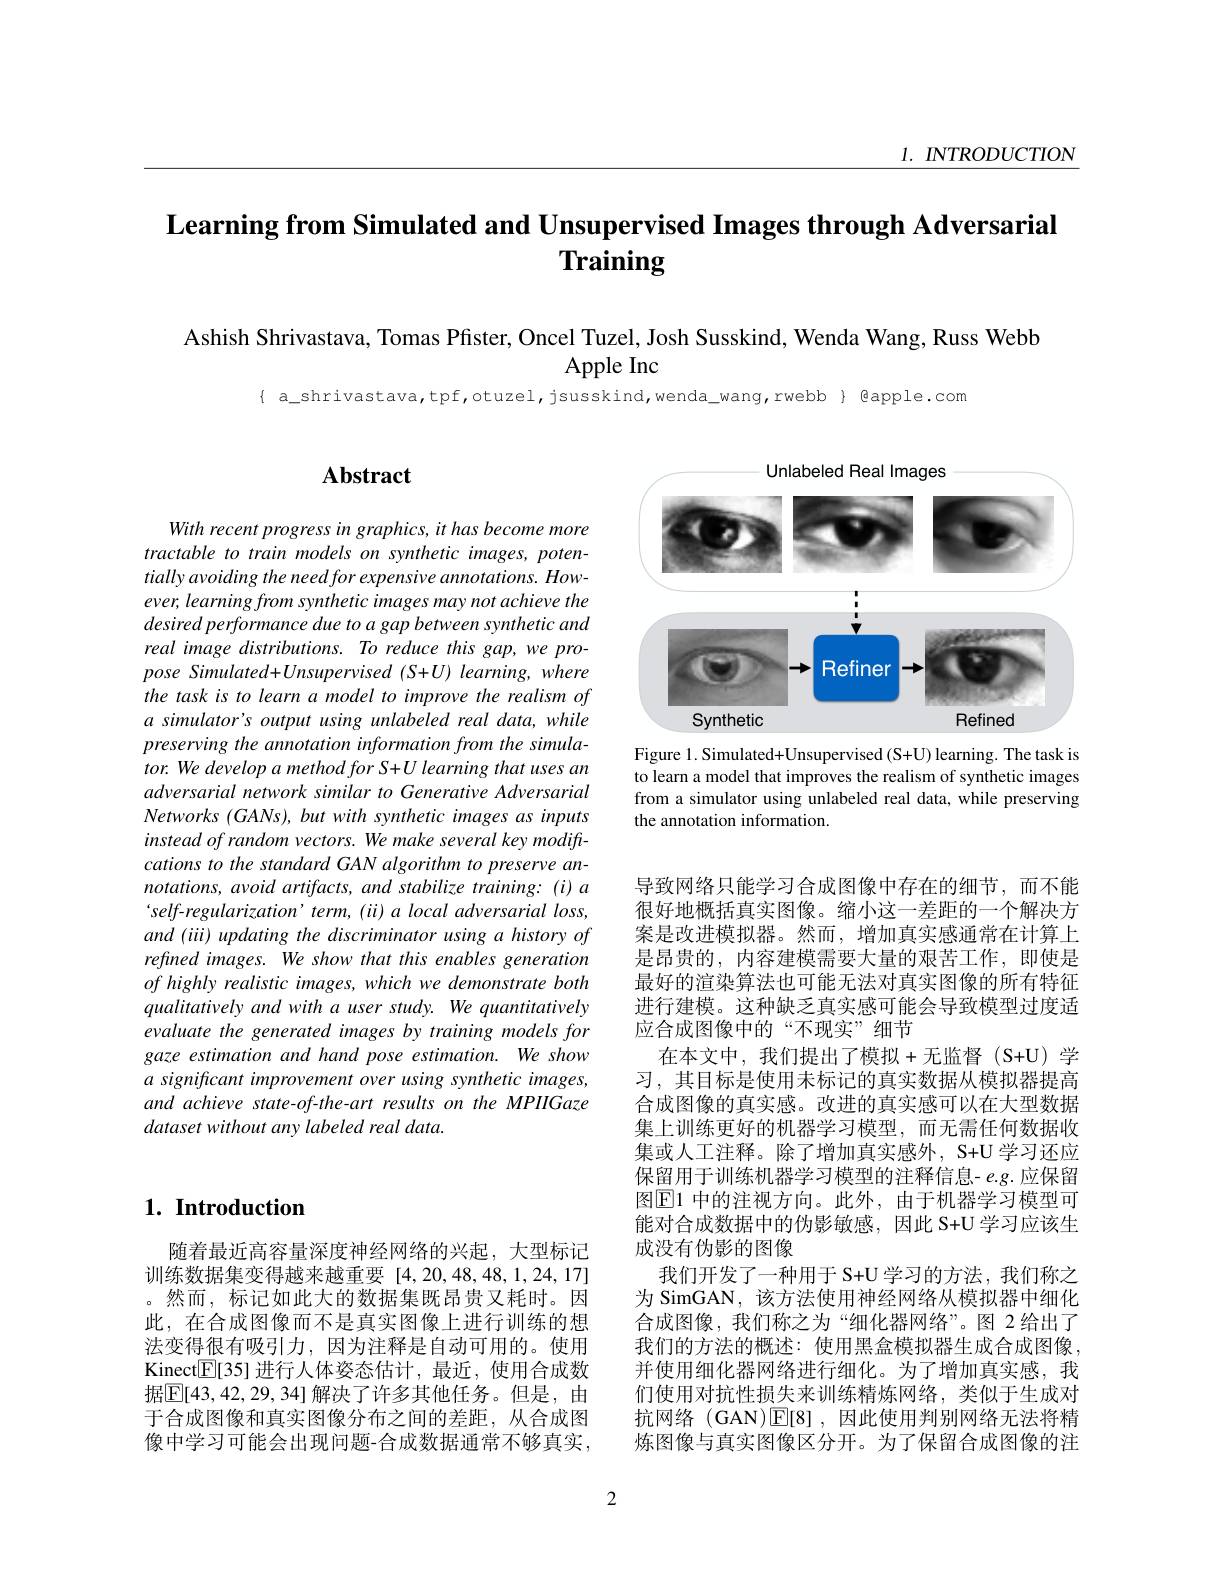
1. $INTRODUCTION$

# Learning from Simulated and Unsupervised Images through Adversarial Training

Ashish Shrivastava, Tomas Pfister, Oncel Tuzel, Josh Susskind, Wenda Wang, Russ Webb

Apple Inc

{ a\_shrivastava, tpf, otuzel, jsusskind, wenda\_wang, rwebb} { @apple. com

## $1. \textbf{ Introduction}$

随着最近高容量深度神经网络的兴起，大型标记训练数据集变得越来越重要[4,20,48,48,1,24,17] 。然而，标记如此大的数据集既昂贵又耗时。因此，在合成图像而不是真实图像上进行训练的想法变得很有吸引力，因为注释是自动可用的。使用Kinect$\mathbb{E}[35]$进行人体姿态估计，最近，使用合成数据$\boxed{\mathbb{F}}[43,42,29,34]$解决了许多其他任务。但是，由于合成图像和真实图像分布之间的差距，从合成图像中学习可能会出现问题-合成数据通常不够真实，

## $\mathbf{Abstract}$

With recent progress in graphics, it has become more tractable to train models on synthetic images, potentially avoiding the need for expensive annotations. However, learning from synthetic images may not achieve the desired performance due to a gap between synthetic and real image distributions. To reduce this gap, we propose Simulated+Unsupervised(S+U) learning, where the task is to learn a model to improve the realism of a simulator's output using unlabeled real data, while preserving the annotation information from the simulator. We develop a method for S+U learning that uses an adversarial network similar to Generative Adversarial Networks (GANs), but with synthetic images as inputs instead of random vectors. We make several key modiftcations to the standard GAN algorithm to preserve annotations, avoid artifacts, and stabilize training: (i) a self-regularization' term, ( ii) a local adversarial loss, and (iii) updating the discriminator using a history of refined images. We show that this enables generation $of\textit{highly realistic images, which we demonstrate both}$ qualitatively and with a user study. We quantitatively evaluate the generated images by training models for gaze estimation and hand pose estimation. We show $a$ significant improvement over using synthetic images, and achieve state-of-the-art results on the MPIIGaze dataset without any labeled real data.

Unlabeled Real Images

<FigureHere>

Figure 1. Simulated+ Unsupervised (S+U) learning. The task is to learn a model that improves the realism of synthetic images from a simulator using unlabeled real data, while preserving the annotation information.

导致网络只能学习合成图像中存在的细节，而不能很好地概括真实图像。缩小这一差距的一个解决方案是改进模拟器。然而，增加真实感通常在计算上是昂贵的，内容建模需要大量的艰苦工作，即使是最好的渲染算法也可能无法对真实图像的所有特征进行建模。这种缺乏真实感可能会导致模型过度适应合成图像中的“不现实”细节
在本文中，我们提出了模拟+无监督(S+U)学习，其目标是使用未标记的真实数据从模拟器提高合成图像的真实感。改进的真实感可以在大型数据集上训练更好的机器学习模型，而无需任何数据收集或人工注释。除了增加真实感外，S+U 学习还应保留用于训练机器学习模型的注释信息- $e.g.$应保留图$\boxed{\mathrm{E}}1$ 中的注视方向。此外，由于机器学习模型可能对合成数据中的伪影敏感，因此 S+U 学习应该生成没有伪影的图像
我们开发了一种用于 S+U 学习的方法，我们称之为 SimGAN, 该方法使用神经网络从模拟器中细化合成图像，我们称之为“细化器网络”。图 2 给出了我们的方法的概述：使用黑盒模拟器生成合成图像， 并使用细化器网络进行细化。为了增加真实感，我们使用对抗性损失来训练精炼网络，类似于生成对抗网络 (GAN)$\operatorname{E}[8]$,因此使用判别网络无法将精炼图像与真实图像区分开。为了保留合成图像的注

2